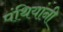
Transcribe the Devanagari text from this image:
पंथियांनी